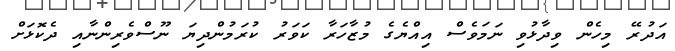
އަދުރޭ މިހެން ވިދާޅުވި ނަމަވެސް އިއްޔެގެ މުޒާހަރާ ކަވަރު ކުރަމުންދިޔަ ނޫސްވެރިންނާއި ދެކޮޅަށް